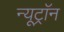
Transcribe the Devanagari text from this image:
न्यूट्राॅन